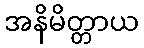
အနိမိတ္တာယ